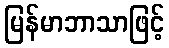
မြန်မာဘာသာဖြင့်